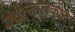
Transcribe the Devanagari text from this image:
क्वेत्जालकोट